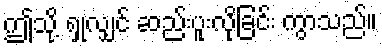
ဤသို့ ရှုလျှင် ဆည်းပူးလိုခြင်း ကွာသည်။